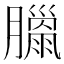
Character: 𦡳